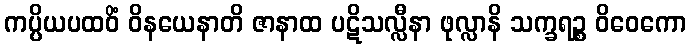
ကပ္ပိယပထဝိံ ဝိနယေနာတိ ဇာနာထ ပဋိသလ္လီနာ ဖုလ္လာနိ သက္ခရဉ္စ ဝိဝေကော